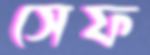
সেফ